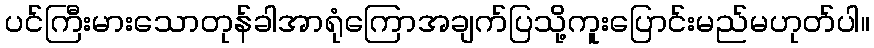
ပင်ကြီးမားသောတုန်ခါအာရုံကြောအချက်ပြသို့ကူးပြောင်းမည်မဟုတ်ပါ။